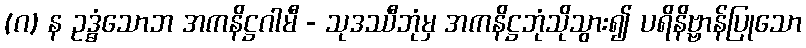
(ဂ) န ဥဒ္ဓံသောဘ အကနိဋ္ဌဂါမီ - သုဒဿီဘုံမှ အကနိဋ္ဌဘုံသိုသွား၍ ပရိနိဗ္ဗာန်ပြုသော